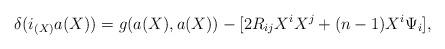
LaTeX: \begin{align*}\delta(i_{(X)}a(X))=g(a(X),a(X))-[2R_{ij}X^{i}X^{j}+(n-1)X^{i}\Psi_{i}],\end{align*}